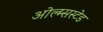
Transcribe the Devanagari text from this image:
ओल्म्सस्टेड